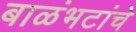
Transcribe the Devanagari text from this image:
बाळंभटांचे